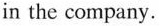
in the company.